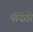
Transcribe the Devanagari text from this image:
पीदेतो